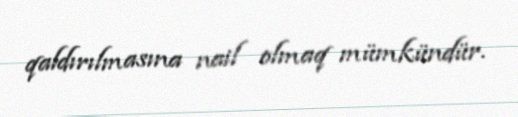
qaldırılmasına nail olmaq mümkündür.